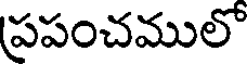
పపంచములో